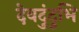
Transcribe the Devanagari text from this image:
देवदुंदुभि